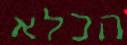
הכלא